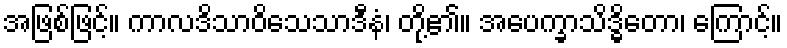
အဖြစ်ဖြင့်။ ကာလဒိသာဝိသေသာဒီနံ၊ တို့၏။ အပေက္ခာသိဒ္ဓိတော၊ ကြောင့်။